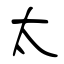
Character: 太